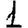
Digit: 1